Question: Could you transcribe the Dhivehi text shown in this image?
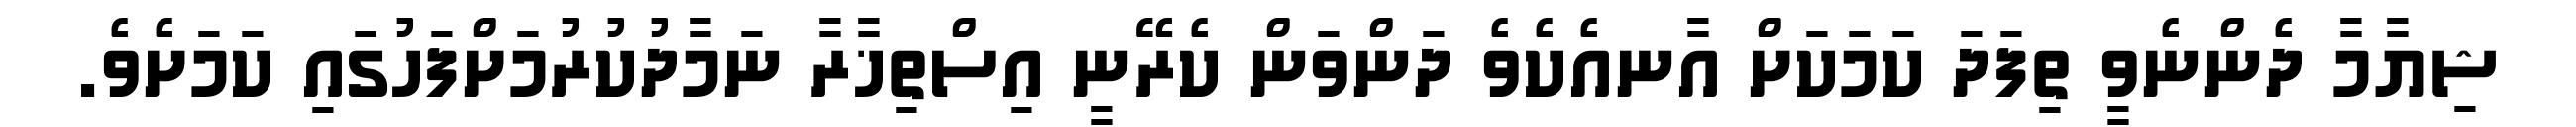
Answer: ޝިޔާމާ ދެންނެވީ ތިފަދަ ކަމަކަށް އާނއެކެވެ ދަންވަން ކެރޭނީ އިސްތިޚާރާ ނަމާދުކުރުމަށްފަހުގައި ކަމަށެވެ.